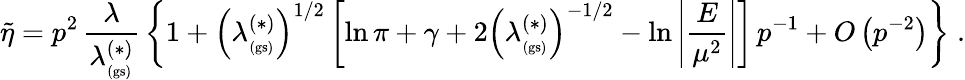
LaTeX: \widetilde{\eta}=p^{2}\, \frac{\lambda}{\lambda_{_\mathrm{(gs)}}^{(\ast)}}\, \left\{ 1+\left(\lambda_{_\mathrm{(gs)}}^{(\ast)}\right)^{1/2}\left[\ln\pi+\gamma+2\left(\lambda_{_\mathrm{(gs)}}^{(\ast)}\right)^{-1/2}-\ln\left|\frac{E}{\mu^{2}}\right|\right]\, p^{-1}+O\left(p^{-2}\right)\right\} \; .